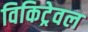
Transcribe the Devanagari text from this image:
विकिट्रेवल